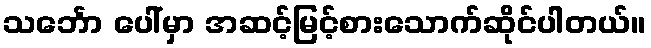
သင်္ဘော ပေါ်မှာ အဆင့်မြင့်စားသောက်ဆိုင်ပါတယ်။